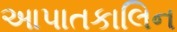
આપાતકાલિન